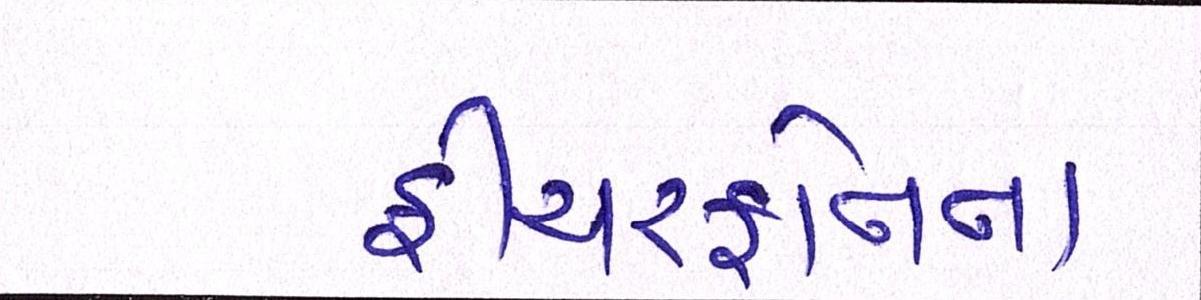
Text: ફીચરફોનના